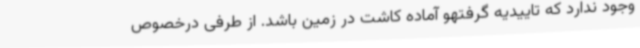
وجود ندارد که تاییدیه گرفتهو آماده کاشت در زمین باشد. از طرفی درخصوص